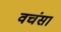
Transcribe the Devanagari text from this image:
वचंसा